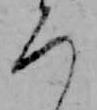
ろ